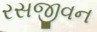
રસજીવન